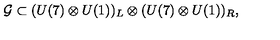
{ \cal { G } } \subset ( U ( 7 ) \otimes U ( 1 ) ) _ { L } \otimes ( U ( 7 ) \otimes U ( 1 ) ) _ { R } ,